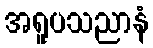
အရူပသညာနံ